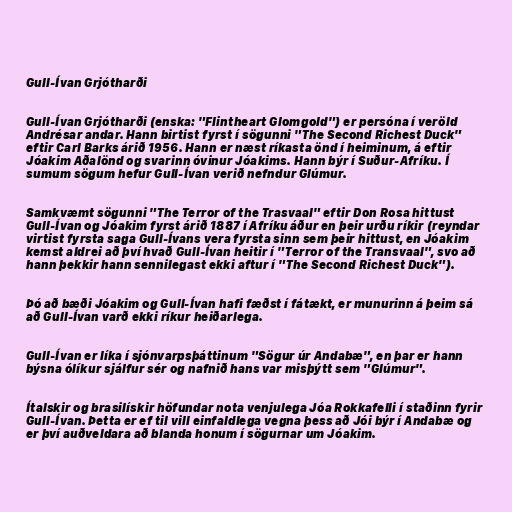
Gull-Ívan Grjótharði

Gull-Ívan Grjótharði (enska: "Flintheart Glomgold") er persóna í veröld
Andrésar andar. Hann birtist fyrst í sögunni "The Second Richest Duck"
eftir Carl Barks árið 1956. Hann er næst ríkasta önd í heiminum, á eftir
Jóakim Aðalönd og svarinn óvinur Jóakims. Hann býr í Suður-Afríku. Í
sumum sögum hefur Gull-Ívan verið nefndur Glúmur.

Samkvæmt sögunni "The Terror of the Trasvaal" eftir Don Rosa hittust
Gull-Ívan og Jóakim fyrst árið 1887 í Afríku áður en þeir urðu ríkir (reyndar
virtist fyrsta saga Gull-Ívans vera fyrsta sinn sem þeir hittust, en Jóakim
kemst aldrei að því hvað Gull-Ívan heitir í "Terror of the Transvaal", svo að
hann þekkir hann sennilegast ekki aftur í "The Second Richest Duck").

Þó að bæði Jóakim og Gull-Ívan hafi fæðst í fátækt, er munurinn á þeim sá
að Gull-Ívan varð ekki ríkur heiðarlega.

Gull-Ívan er líka í sjónvarpsþáttinum "Sögur úr Andabæ", en þar er hann
býsna ólíkur sjálfur sér og nafnið hans var misþýtt sem "Glúmur".

Ítalskir og brasilískir höfundar nota venjulega Jóa Rokkafelli í staðinn fyrir
Gull-Ívan. Þetta er ef til vill einfaldlega vegna þess að Jói býr í Andabæ og
er því auðveldara að blanda honum í sögurnar um Jóakim.